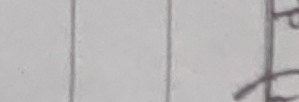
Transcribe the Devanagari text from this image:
पफ